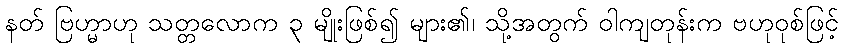
နတ် ဗြဟ္မာဟု သတ္တလောက ၃ မျိုးဖြစ်၍ များ၏၊ သို့အတွက် ဝါကျတုန်းက ဗဟုဝုစ်ဖြင့်